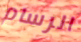
الرسام